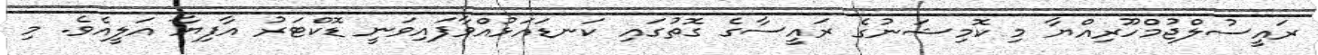
ރައީސުލްޖުމްހޫރިއްޔާ މި ކޮމިޝަނުގެ ރައީސާގެ ގޮތުގައި ކަނޑައަޅުއްވާފައިވަނީ ޑޮކްޓަރު އާފިޔާ އަލީއެވެ. މި